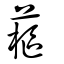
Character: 藲